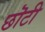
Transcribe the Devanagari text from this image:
छॊटी